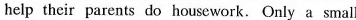
help their parents do housework. Only a small